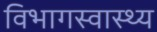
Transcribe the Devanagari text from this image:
विभागस्वास्थ्य